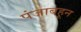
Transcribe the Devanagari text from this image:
पंजाबहून